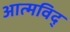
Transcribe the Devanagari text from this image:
आत्मविद्